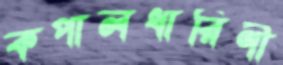
কপালধারিণী